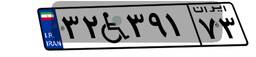
۵۶W۷۸۰۱۱